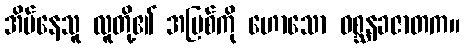
အိမ်နေသူ လူတို့၏ အပြစ်ကို ဟောသော ဝစ္ဆနခဇာတက။